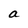
Character: a